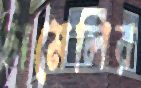
চামেলির